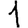
Digit: 1